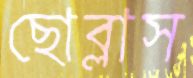
ছোব্‌লাস